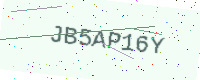
Text: JB5AP16Y